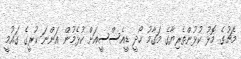
މެޗުގެ މޮޅު ކުޅުންތެރިޔާގެ މަގާމު ހޯދީ ޑީއެސްސީއަށް ކުޅެމުން އަންނަ ކުރީގެ ގައުމީ